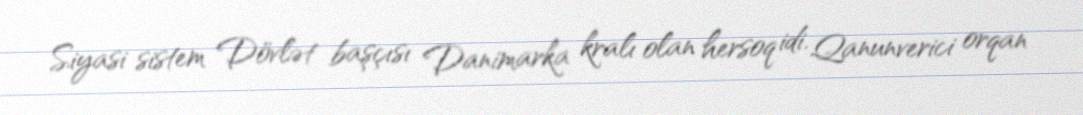
Siyasi sistem Dövlət başçısı Danimarka kralı olan hersoq idi. Qanunverici orqan